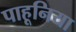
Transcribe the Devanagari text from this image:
पाहूनिया